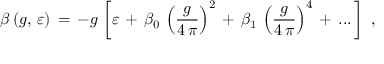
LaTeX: \beta \, ( g , \, \varepsilon ) \, = \, - g \, \left[ \varepsilon \, + \, \beta _ { 0 } \, \left( \frac { g } { 4 \, \pi } \right) ^ { 2 } \, + \, \beta _ { 1 } \, \left( \frac { g } { 4 \, \pi } \right) ^ { 4 } \, + \, . . . \, \right] \, \, ,